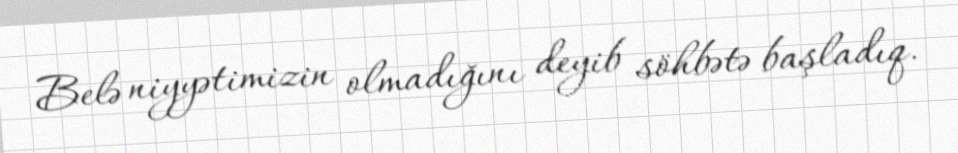
Belə niyyətimizin olmadığını deyib söhbətə başladıq.